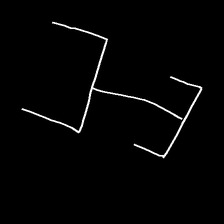
Glyph: entwine